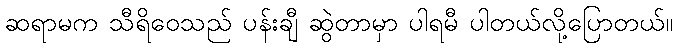
ဆရာမက သီရိဝေသည် ပန်းချီ ဆွဲတာမှာ ပါရမီ ပါတယ်လို့ပြောတယ်။